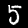
Label: 5